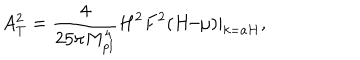
A _ { T } ^ { 2 } = \frac { 4 } { 2 5 \pi M _ { p l } ^ { 4 } } H ^ { 2 } F ^ { 2 } ( H / \mu ) | _ { k = a H } ,